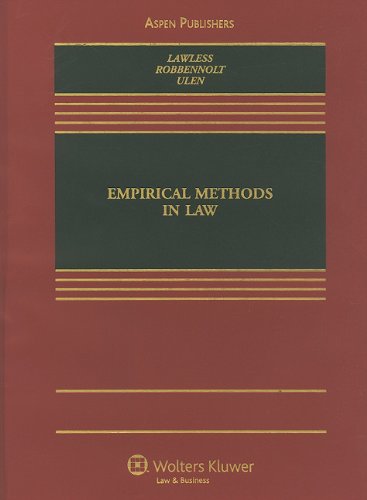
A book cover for Empirical Methods in Law (Casebook Series); Robert M. Lawless; Law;